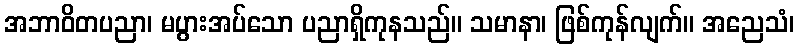
အဘာဝိတပညာ၊ မပွားအပ်သော ပညာရှိကုနသည်။ သမာနာ၊ ဖြစ်ကုန်လျက်။ အညေသံ၊